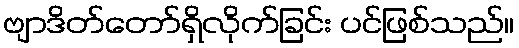
ဗျာဒိတ်တော်ရှိလိုက်ခြင်း ပင်ဖြစ်သည်။